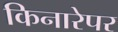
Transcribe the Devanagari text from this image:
किनारेपर